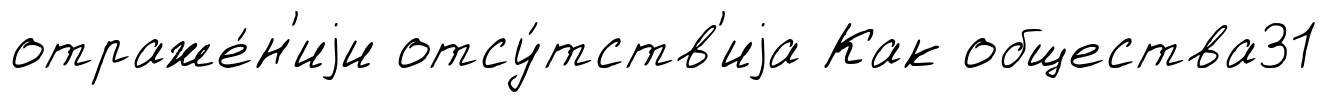
отраже́н'иjи отсу́тств'иjа Как общества31